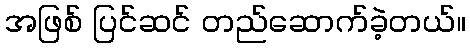
အဖြစ် ပြင်ဆင် တည်ဆောက်ခဲ့တယ်။